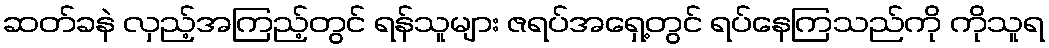
ဆတ်ခနဲ လှည့်အကြည့်တွင် ရန်သူများ ဇရပ်အရှေ့တွင် ရပ်နေကြသည်ကို ကိုသူရ